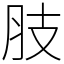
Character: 肢